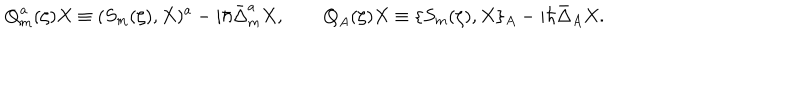
\mathbf { Q } _ { m } ^ { a } ( \zeta ) X \equiv ( S _ { m } ( \zeta ) , X ) ^ { a } - i \hbar \bar { \Delta } _ { m } ^ { a } X , \qquad \mathbf { Q } _ { A } ( \zeta ) X \equiv \{ S _ { m } ( \zeta ) , X \} _ { A } - i \hbar \bar { \Delta } _ { A } X .